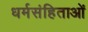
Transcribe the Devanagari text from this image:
धर्मसंहिताओं